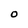
Character: O